Scottish Certificate of Education, 1963
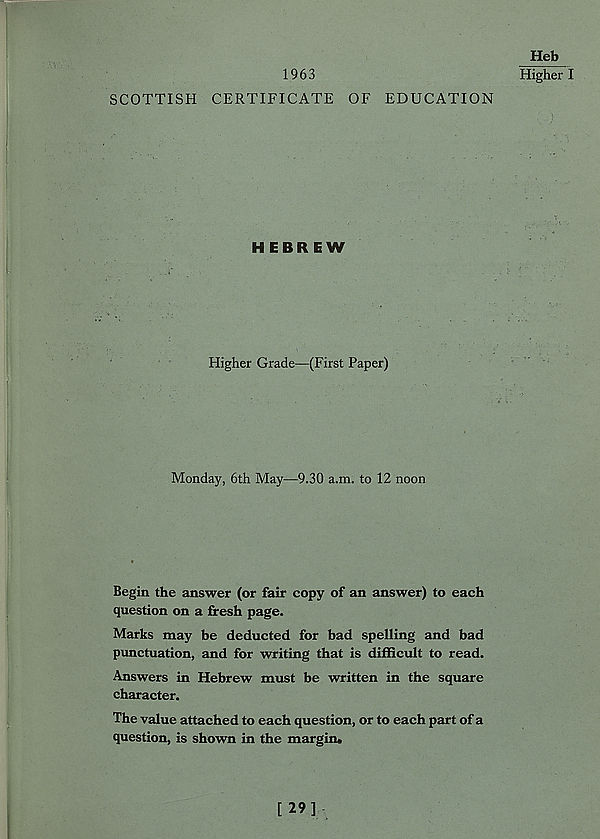
1963
SCOTTISH CERTIFICATE OF EDUCATION
HEBREW
Higher Grade—(First Paper)
Monday, 6th May—9.30 a.m. to 12 noon
Begin the answer (or fair copy of an answer) to each
question on a fresh page.
Marks may be deducted for bad spelling and bad
punctuation, and for writing that is difficult to read.
Answers in Hebrew must be written in the square
character.
The value attached to each question, or to each part of a
question, is shown in the margin*
Heb
Higher I
[29]